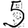
Digit: 5